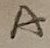
Text: A